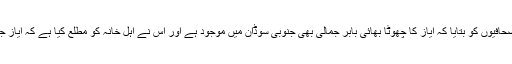
ایاز جمالی کے رشتے داروں نے مقامی صحافیوں کو بتایا کہ ایاز کا چھوٹا بھائی بابر جمالی بھی جنوبی سوڈان میں موجود ہے اور اس نے اہل خانہ کو مطلع کیا ہے کہ ایاز جمالی کو ایک ہفتے قبل اغوا کر لیا گیا ہے۔